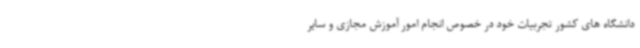
دانشگاه های کشور تجربیات خود در خصوص انجام امور آموزش مجازی و سایر